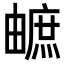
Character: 𤳐